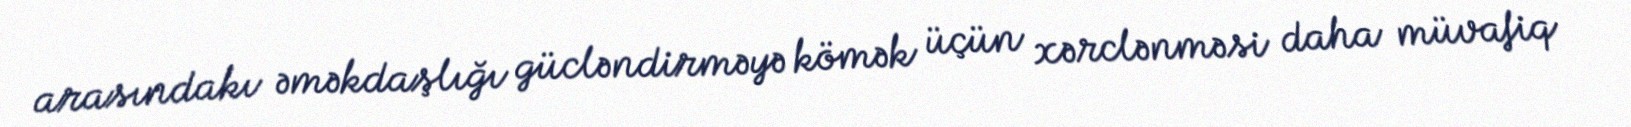
arasındakı əməkdaşlığı gücləndirməyə kömək üçün xərclənməsi daha müvafiq